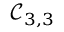
\mathcal { C } _ { 3 , 3 }